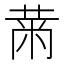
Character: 𮮠